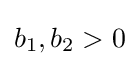
b_{1},b_{2}>0